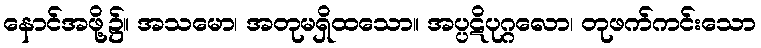
နောင်အဖို့၌။ အသမော၊ အတုမရှိထသော။ အပ္ပဋိပုဂ္ဂလော၊ တုဖက်ကင်းသော